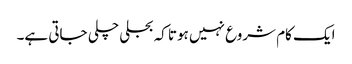
ایک کام شروع نہیں ہوتا کہ بجلی چلی جاتی ہے۔